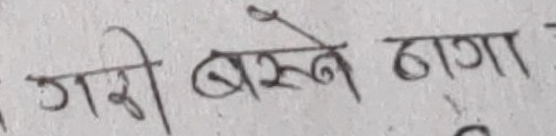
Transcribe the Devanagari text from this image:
गरी बस्ने ढागा